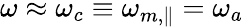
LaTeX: \omega\approx\omega_{c}\equiv\omega_{m,\parallel}=\omega_{a}